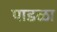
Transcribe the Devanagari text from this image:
पाडळा